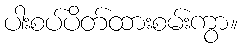
ပါးစပ်ပိတ်ထားစမ်းကွာ။